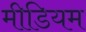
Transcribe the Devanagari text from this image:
मीडियम